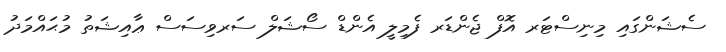
ސެޝަންގައި މިނިސްޓަރ އޮފް ޖެންޑަރ ފެމިލީ އެންޑް ސޯޝަލް ސަރވިސަސް ޢާއިޝަތު މުޙައްމަދު